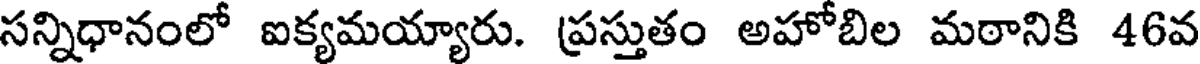
సన్నిధానంలో ఐక్యమయ్యారు. ప్రస్తుతం అహోబిల మఠానికి 46వ